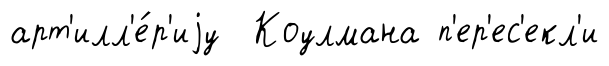
арт'илл'е́р'иjу Коулмана п'ер'ес'екл'и